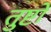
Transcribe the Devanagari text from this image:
तुष्टो